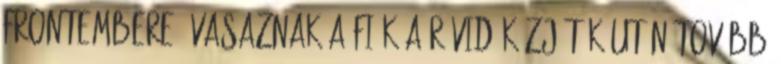
frontembere. Vasaznak a fiúk A rövid közjáték után tovább